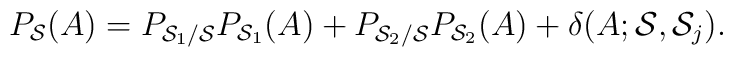
P_{{\cal S}}(A)= P_{{\cal S}_1/{\cal S}}  P_{{\cal S}_1}(A)+ P_{{\cal S}_2/{\cal S}}  P_{{\cal S}_2}(A)+\delta(A;{\cal S}, {\cal S}_j).